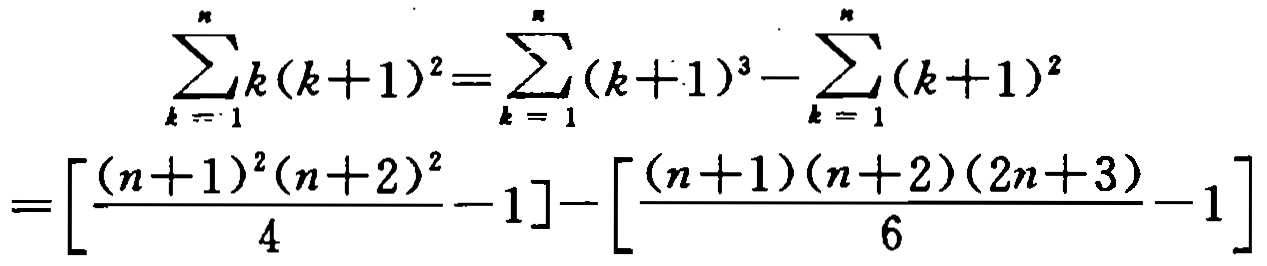
\[

\begin{align*}

\sum_{k = 1}^{n}k(k + 1)^{2}&=\sum_{k = 1}^{n}(k + 1)^{3}-\sum_{k = 1}^{n}(k + 1)^{2}\\

&=\left[\frac{(n + 1)^{2}(n + 2)^{2}}{4}-1\right]-\left[\frac{(n + 1)(n + 2)(2n + 3)}{6}-1\right]

\end{align*}

\]